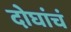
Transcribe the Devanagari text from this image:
दोघांचं